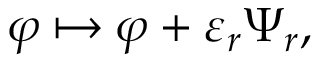
\varphi \mapsto \varphi + \varepsilon _ { r } \Psi _ { r } ,